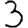
Digit: 3